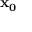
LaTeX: \mathbf { x _ { 0 } }